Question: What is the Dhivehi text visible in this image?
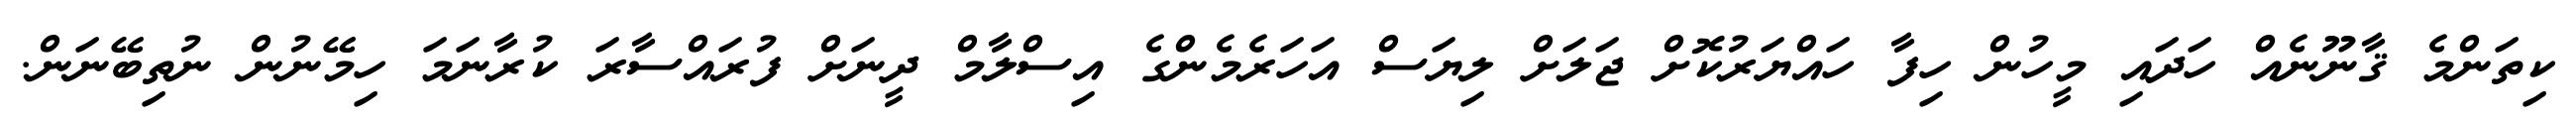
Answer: ކިތަންމެ ޤާނޫނެއް ހަދައި މީހުން ހިފާ ހައްޔަރުކޮށް ޖަލަށް ލިޔަސް އަހަރެމެންގެ އިސްލާމް ދީނަށް ފުރައްސާރަ ކުރާނަމަ ހިމޭނުން ނުތިބޭނަން.